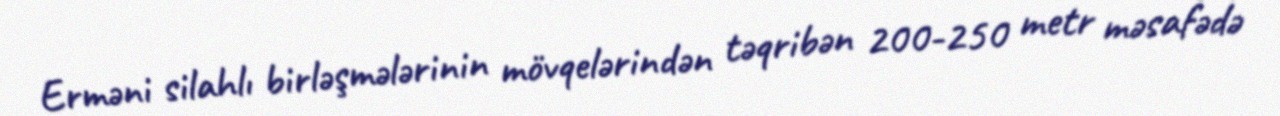
Erməni silahlı birləşmələrinin mövqelərindən təqribən 200-250 metr məsafədə